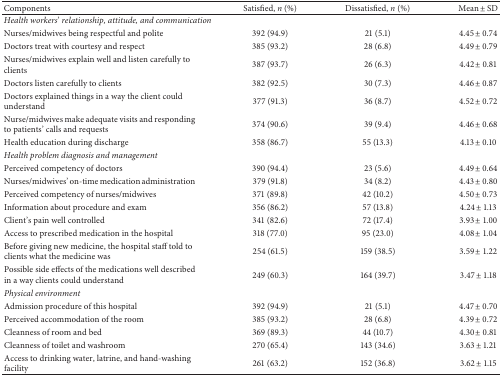
<table><thead><tr><td><b>Components</b></td><td><b>Satisfied, <i>n</i> (%)</b></td><td><b>Dissatisfied, <i>n</i> (%)</b></td><td><b>Mean ± SD</b></td></tr></thead><tbody><tr><td colspan="4"><i>Health workers</i>&#x27; <i>relationship, attitude, and communication</i></td></tr><tr><td>Nurses/midwives being respectful and polite</td><td>392 (94.9)</td><td>21 (5.1)</td><td>4.45 ± 0.74</td></tr><tr><td>Doctors treat with courtesy and respect</td><td>385 (93.2)</td><td>28 (6.8)</td><td>4.49 ± 0.79</td></tr><tr><td>Nurses/midwives explain well and listen carefully to clients</td><td>387 (93.7)</td><td>26 (6.3)</td><td>4.42 ± 0.81</td></tr><tr><td>Doctors listen carefully to clients</td><td>382 (92.5)</td><td>30 (7.3)</td><td>4.46 ± 0.87</td></tr><tr><td>Doctors explained things in a way the client could understand</td><td>377 (91.3)</td><td>36 (8.7)</td><td>4.52 ± 0.72</td></tr><tr><td>Nurse/midwives make adequate visits and responding to patients&#x27; calls and requests</td><td>374 (90.6)</td><td>39 (9.4)</td><td>4.46 ± 0.68</td></tr><tr><td>Health education during discharge</td><td>358 (86.7)</td><td>55 (13.3)</td><td>4.13 ± 0.10</td></tr><tr><td colspan="4"><i>Health problem diagnosis and management</i></td></tr><tr><td>Perceived competency of doctors</td><td>390 (94.4)</td><td>23 (5.6)</td><td>4.49 ± 0.64</td></tr><tr><td>Nurses/midwives&#x27; on-time medication administration</td><td>379 (91.8)</td><td>34 (8.2)</td><td>4.43 ± 0.80</td></tr><tr><td>Perceived competency of nurses/midwives</td><td>371 (89.8)</td><td>42 (10.2)</td><td>4.50 ± 0.73</td></tr><tr><td>Information about procedure and exam</td><td>356 (86.2)</td><td>57 (13.8)</td><td>4.24 ± 1.13</td></tr><tr><td>Client&#x27;s pain well controlled</td><td>341 (82.6)</td><td>72 (17.4)</td><td>3.93 ± 1.00</td></tr><tr><td>Access to prescribed medication in the hospital</td><td>318 (77.0)</td><td>95 (23.0)</td><td>4.08 ± 1.04</td></tr><tr><td>Before giving new medicine, the hospital staff told to clients what the medicine was</td><td>254 (61.5)</td><td>159 (38.5)</td><td>3.59 ± 1.22</td></tr><tr><td>Possible side effects of the medications well described in a way clients could understand</td><td>249 (60.3)</td><td>164 (39.7)</td><td>3.47 ± 1.18</td></tr><tr><td colspan="4"><i>Physical environment</i></td></tr><tr><td>Admission procedure of this hospital</td><td>392 (94.9)</td><td>21 (5.1)</td><td>4.47 ± 0.70</td></tr><tr><td>Perceived accommodation of the room</td><td>385 (93.2)</td><td>28 (6.8)</td><td>4.39 ± 0.72</td></tr><tr><td>Cleanness of room and bed</td><td>369 (89.3)</td><td>44 (10.7)</td><td>4.30 ± 0.81</td></tr><tr><td>Cleanness of toilet and washroom</td><td>270 (65.4)</td><td>143 (34.6)</td><td>3.63 ± 1.21</td></tr><tr><td>Access to drinking water, latrine, and hand-washing facility</td><td>261 (63.2)</td><td>152 (36.8)</td><td>3.62 ± 1.15</td></tr></tbody></table>